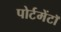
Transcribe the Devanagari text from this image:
पोर्टमेंटॉ